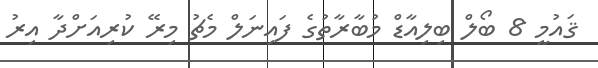
ޤައުމީ 8 ބޯލް ބިލިއާޑް މުބާރާތުގެ ފައިނަލް މެޗު މިރޭ ކުރިއަށްދާ އިރު